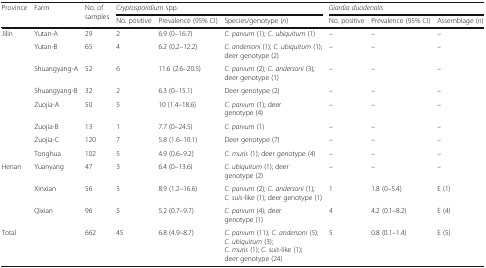
<table><thead><tr><td rowspan="2"><b>Province</b></td><td rowspan="2"><b>Farm</b></td><td rowspan="2"><b>No. of samples</b></td><td colspan="3"><b><i>Cryptosporidium</i> spp.</b></td><td colspan="3"><b><i>Giardia duodenalis</i></b></td></tr><tr><td><b>No. positive</b></td><td><b>Prevalence (95% CI)</b></td><td><b>Species/genotype (<i>n</i>)</b></td><td><b>No. positive</b></td><td><b>Prevalence (95% CI)</b></td><td><b>Assemblage (<i>n</i>)</b></td></tr></thead><tbody><tr><td rowspan="8">Jilin</td><td>Yutan-A</td><td>29</td><td>2</td><td>6.9 (0–16.7)</td><td><i>C. parvum</i> (1); <i>C. ubiquitum</i> (1)</td><td>–</td><td>–</td><td>–</td></tr><tr><td>Yutan-B</td><td>65</td><td>4</td><td>6.2 (0.2–12.2)</td><td><i>C. andersoni</i> (1); <i>C. ubiquitum</i> (1); deer genotype (2)</td><td>–</td><td>–</td><td>–</td></tr><tr><td>Shuangyang-A</td><td>52</td><td>6</td><td>11.6 (2.6–20.5)</td><td><i>C. parvum</i> (2); <i>C. andersoni</i> (3); deer genotype (1)</td><td>–</td><td>–</td><td>–</td></tr><tr><td>Shuangyang-B</td><td>32</td><td>2</td><td>6.3 (0–15.1)</td><td>Deer genotype (2)</td><td>–</td><td>–</td><td>–</td></tr><tr><td>Zuojia-A</td><td>50</td><td>5</td><td>10 (1.4–18.6)</td><td><i>C. parvum</i> (1); deer genotype (4)</td><td>–</td><td>–</td><td>–</td></tr><tr><td>Zuojia-B</td><td>13</td><td>1</td><td>7.7 (0–24.5)</td><td><i>C. parvum</i> (1)</td><td>–</td><td>–</td><td>–</td></tr><tr><td>Zuojia-C</td><td>120</td><td>7</td><td>5.8 (1.6–10.1)</td><td>Deer genotype (7)</td><td>–</td><td>–</td><td>–</td></tr><tr><td>Tonghua</td><td>102</td><td>5</td><td>4.9 (0.6–9.2)</td><td><i>C. muris</i> (1); deer genotype (4)</td><td>–</td><td>–</td><td>–</td></tr><tr><td rowspan="3">Henan</td><td>Yuanyang</td><td>47</td><td>3</td><td>6.4 (0–13.6)</td><td><i>C. ubiquitum</i> (1); deer genotype (2)</td><td>–</td><td>–</td><td>–</td></tr><tr><td>Xinxian</td><td>56</td><td>5</td><td>8.9 (1.2–16.6)</td><td><i>C. parvum</i> (2); <i>C. andersoni</i> (1); <i>C. suis</i>-like (1); deer genotype (1)</td><td>1</td><td>1.8 (0–5.4)</td><td>E (1)</td></tr><tr><td>Qixian</td><td>96</td><td>5</td><td>5.2 (0.7–9.7)</td><td><i>C. parvum</i> (4); deer genotype (1)</td><td>4</td><td>4.2 (0.1–8.2)</td><td>E (4)</td></tr><tr><td>Total</td><td>[EMPTY_CELL]</td><td>662</td><td>45</td><td>6.8 (4.9–8.7)</td><td><i>C. parvum</i> (11); <i>C. andersoni</i> (5); <i>C. ubiquitum</i> (3); <i>C. muris</i> (1); <i>C. suis</i>-like (1); deer genotype (24)</td><td>5</td><td>0.8 (0.1–1.4)</td><td>E (5)</td></tr></tbody></table>